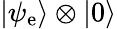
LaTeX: |\psi_{\mathrm{e}}\rangle\otimes|0\rangle